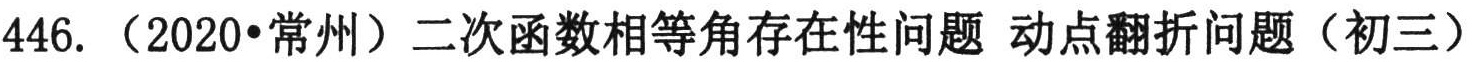
446. （2020•常州）二次函数相等角存在性问题 动点翻折问题（初三）